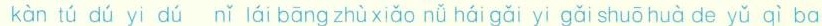
kàn tú dú yì dú nǐ lái bāng zhù xiǎo nǚ hái gǎi yì gǎi shuō huà de yǔ qì ba